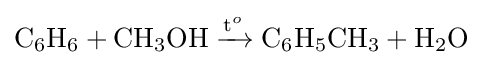
{\mathrm {C} {\vphantom {A}}_{\smash[{t}]{6}}\mathrm {H} {\vphantom {A}}_{\smash[{t}]{6}}{}+{}\mathrm {CH} {\vphantom {A}}_{\smash[{t}]{3}}\mathrm {OH} {}\mathrel {\xrightarrow {\mathrm {t} {\vphantom {A}}^{o}} } {}\mathrm {C} {\vphantom {A}}_{\smash[{t}]{6}}\mathrm {H} {\vphantom {A}}_{\smash[{t}]{5}}\mathrm {CH} {\vphantom {A}}_{\smash[{t}]{3}}{}+{}\mathrm {H} {\vphantom {A}}_{\smash[{t}]{2}}\mathrm {O} }